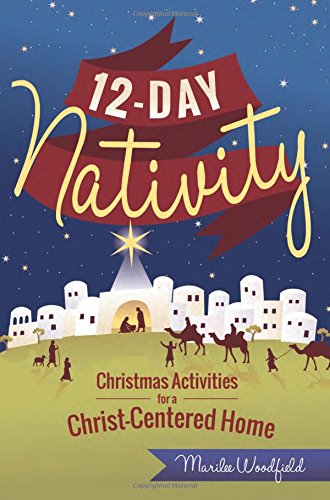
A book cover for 12-Day Nativity: Christmas Activities for a Christ-Centered Home; Marilee Woodfield; Crafts, Hobbies & Home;